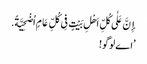
إِنَّ عَلٰی کُلِّ اَهْلِ بَیْتٍ فِی کُلِّ عَامٍ اُضْحِیَّةً.
’اے لوگو!